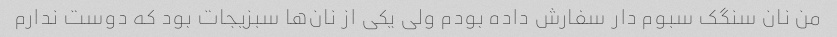
من نان سنگک سبوم دار سفارش داده بودم ولی یکی از نان‌ها سبزیجات بود که دوست ندارم